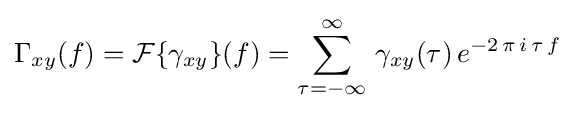
\Gamma _{xy}(f)={\mathcal {F}}\{\gamma _{xy}\}(f)=\sum _{\tau =-\infty }^{\infty }\,\gamma _{xy}(\tau )\,e^{-2\,\pi \,i\,\tau \,f}